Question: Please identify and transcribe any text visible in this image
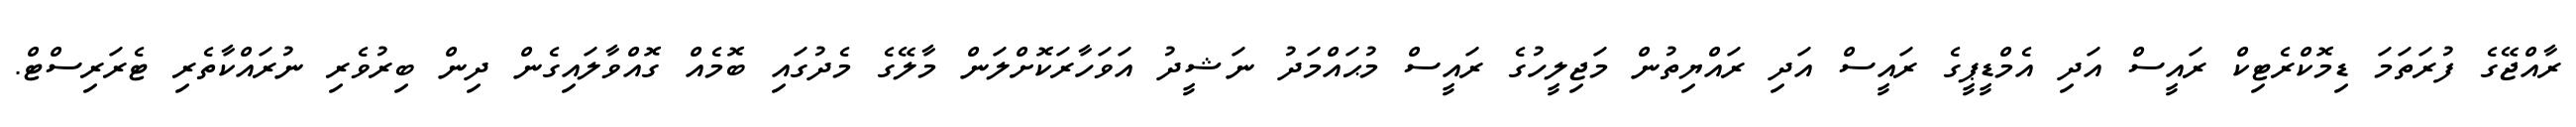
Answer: ރާއްޖޭގެ ފުރަތަމަ ޑިމޮކްރެޓިކް ރައީސް އަދި އެމްޑީޕީގެ ރައީސް އަދި ރައްޔިތުން މަޖިލީހުގެ ރައީސް މުޙައްމަދު ނަޝީދު އަވަހާރަކޮށްލަން މާލޭގެ މެދުގައި ބޮމެއް ގޮއްވާލައިގެން ދިން ބިރުވެރި ނުރައްކާތެރި ޓެރަރިސްޓް.